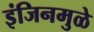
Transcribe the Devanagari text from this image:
इंजिनमुळे